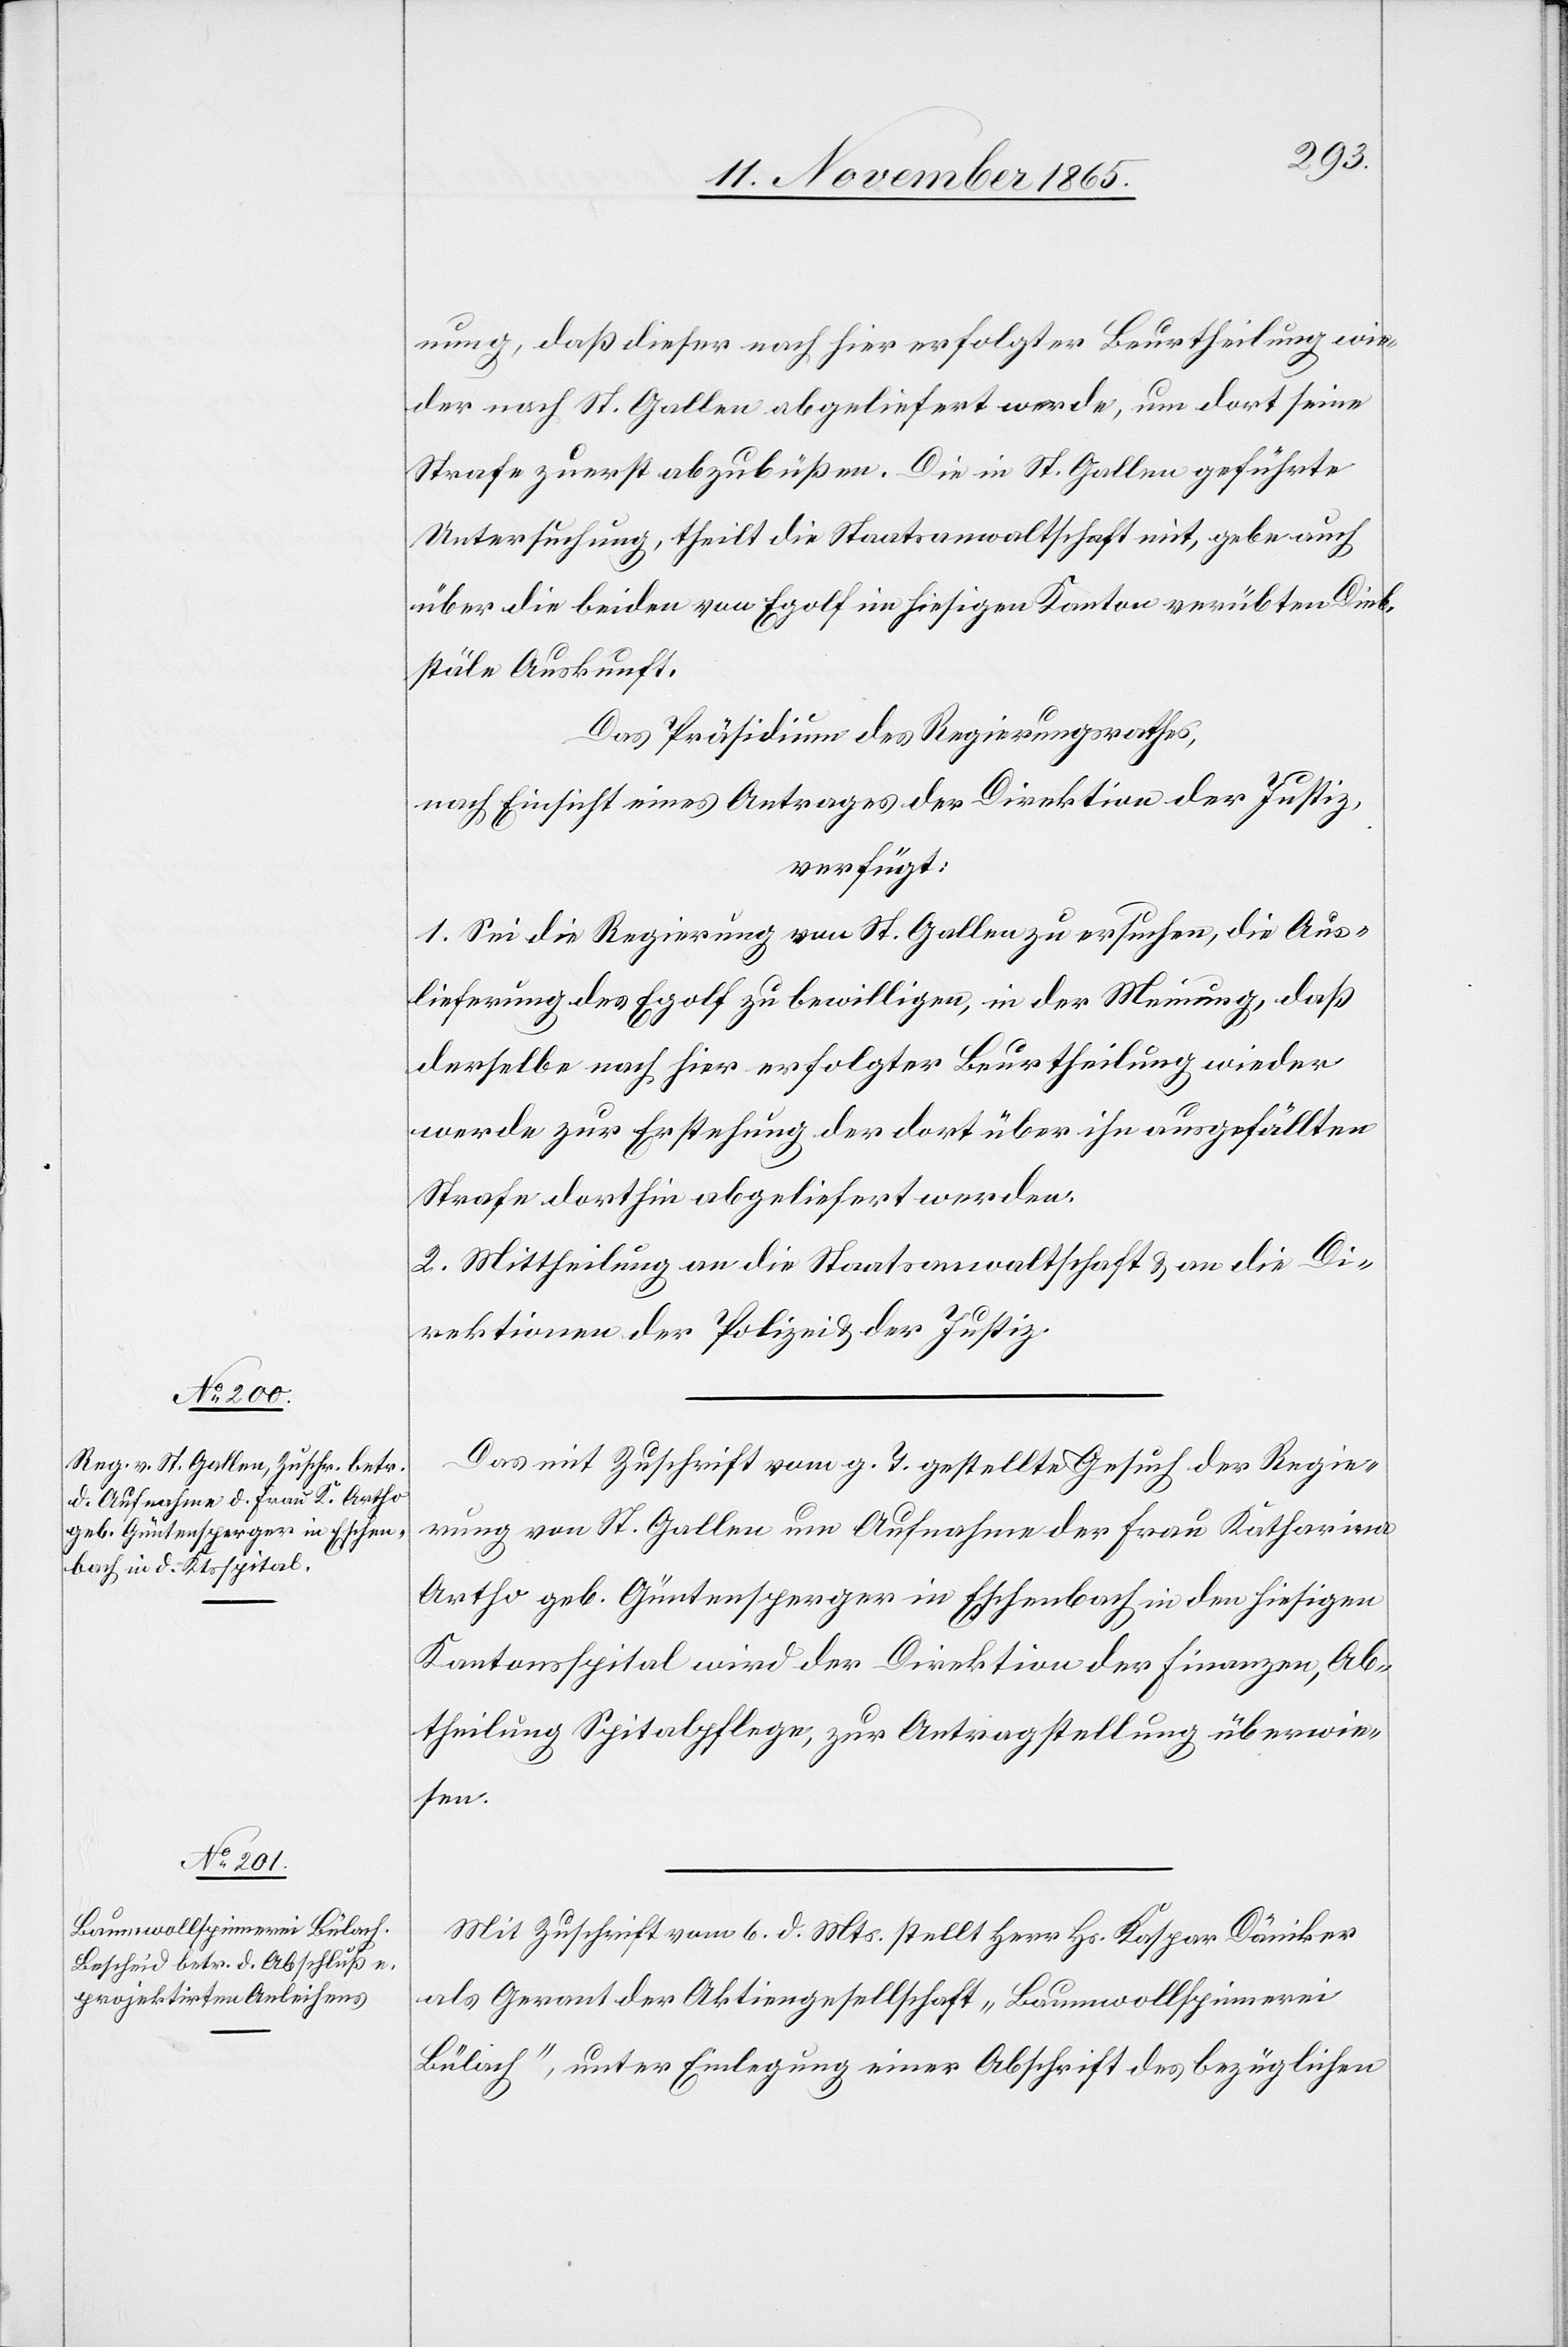
14. November 1865.]
nung, daß dieser nach hier erfolgter Beurtheilung wie¬
der nach St. Gallen abgeliefert werde, um dort seine
Strafe zuerst abzubüßen. Die in St. Gallen geführte
Untersuchung, theilt die Staatsanwaltschaft mit, gebe auch
über die beiden von Eglof im hiesigen Kanton verübten Dieb¬
stäle Auskunft.
Das Präsidium des Regierungsrathes,
nach Einsicht eines Antrages der Direktion der Justiz,
verfügt:
1. Sei die Regierung von St. Gallen zu ersuchen, die Aus¬
lieferung des Eglof zu bewilligen, in der Meinung, daß
derselbe nach hier erfolgter Beurtheilung wieder
werde zur Erstehung der dort über ihn ausgefällten
Strafe dorthin abgeliefert werden.
2. Mittheilung an die Staatsanwaltschaft & an die Di¬
rektionen der Polizei & der Justiz.
Das mit Zuschrift vom g. T. gestellte Gesuch der Regie¬
rung von St. Gallen um Aufnahme der Frau Katharina
Artho geb. Güntensperger in Eschenbach in den hiesigen
Kantonsspital wird der Direktion der Finanzen, Ab¬
theilung Spitalpflege, zur Antragstellung überwie¬
sen.
Mit Zuschrift vom 6. d. Mts. stellt Herr Hs. Kaspar Däniker
als Garant der Aktiengesellschaft „Baumwollspinnerei
Bülach“, unter Einlegung einer Abschrift des bezüglichen